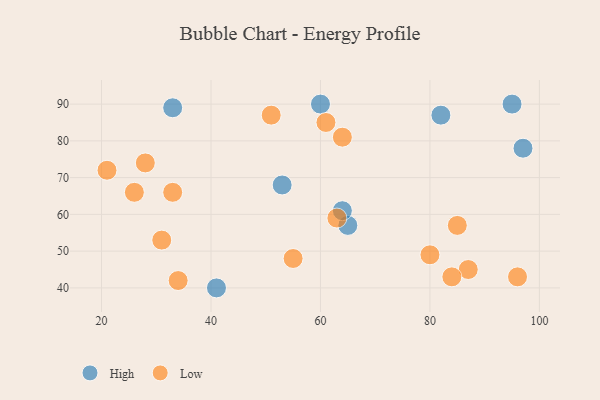
{"axis": {"x": "GDP", "y": "Life Expectancy"}, "legend": ["High", "Low"], "data": [{"x": "41", "y": 40, "type": "High"}, {"x": "33", "y": 89, "type": "High"}, {"x": "97", "y": 78, "type": "High"}, {"x": "95", "y": 90, "type": "High"}, {"x": "53", "y": 68, "type": "High"}, {"x": "82", "y": 87, "type": "High"}, {"x": "60", "y": 90, "type": "High"}, {"x": "65", "y": 57, "type": "High"}, {"x": "64", "y": 61, "type": "High"}, {"x": "61", "y": 85, "type": "Low"}, {"x": "21", "y": 72, "type": "Low"}, {"x": "87", "y": 45, "type": "Low"}, {"x": "55", "y": 48, "type": "Low"}, {"x": "63", "y": 59, "type": "Low"}, {"x": "26", "y": 66, "type": "Low"}, {"x": "31", "y": 53, "type": "Low"}, {"x": "33", "y": 66, "type": "Low"}, {"x": "80", "y": 49, "type": "Low"}, {"x": "34", "y": 42, "type": "Low"}, {"x": "51", "y": 87, "type": "Low"}, {"x": "28", "y": 74, "type": "Low"}, {"x": "96", "y": 43, "type": "Low"}, {"x": "84", "y": 43, "type": "Low"}, {"x": "85", "y": 57, "type": "Low"}, {"x": "64", "y": 81, "type": "Low"}]}